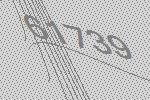
61739